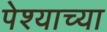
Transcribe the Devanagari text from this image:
पेश्याच्या